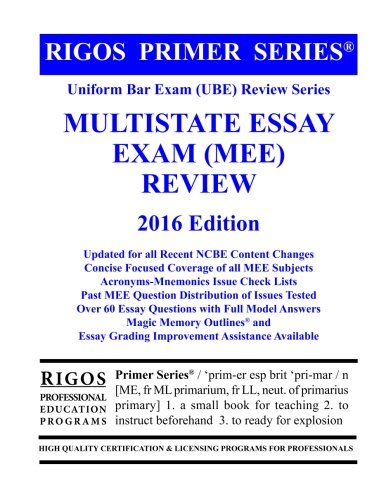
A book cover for Rigos Primer Series Uniform Bar Exam (UBE) Review Series Multistate Essay Exam: 2016 Edition; Mr. James J. Rigos; Test Preparation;